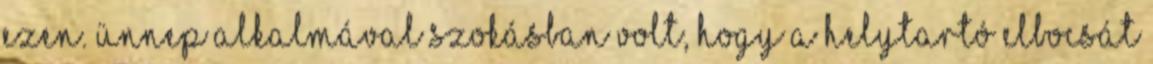
ezen. Ünnep alkalmával szokásban volt, hogy a helytartó elbocsát